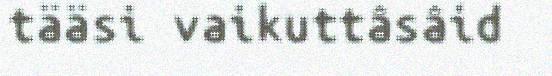
tääsi vaikuttâsâid